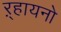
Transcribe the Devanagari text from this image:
ऱ्हायनो